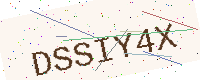
Text: DSSIY4X